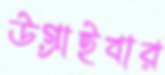
উগ্‌রাইবার